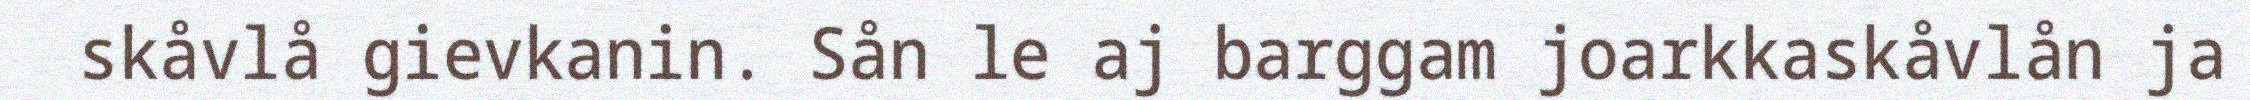
skåvlå gievkanin. Sån le aj barggam joarkkaskåvlån ja